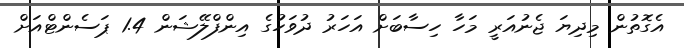
އެގޮތުން މިދިޔަ ޖެނުއަރީ މަހާ ހިސާބަށް އަހަރު ދުވަހުގެ އިންފްލޭޝަން 1.4 ޕަސެންޓްއަށް